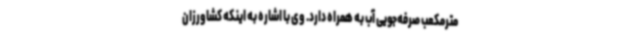
مترمکعب صرفه‌جویی آب به همراه دارد. وی با اشاره به اینکه کشاورزان